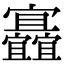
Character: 𡬐